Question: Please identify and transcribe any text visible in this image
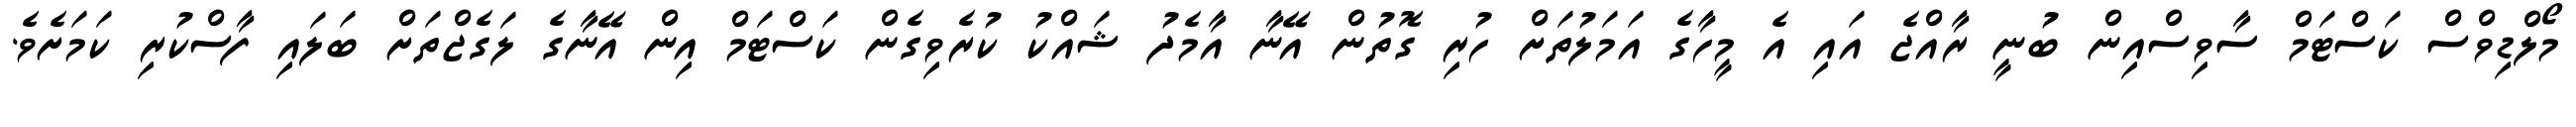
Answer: މޯލްޑިވްސް ކަސްޓަމް ސާވިސްއިން ބުނީ ރާއްޖެ އައި އެ މީހާގެ އަމަލުތަށް ހުރި ގޮތުން އޭނާ އާމެދު ޝައްކު ކުރެވިގެން ކަސްޓަމް އިން އޭނާގެ ލަގެޖްތަށް ބަލައި ފާސްކުރި ކަމަށެވެ.